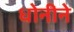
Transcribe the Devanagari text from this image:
धोनीने